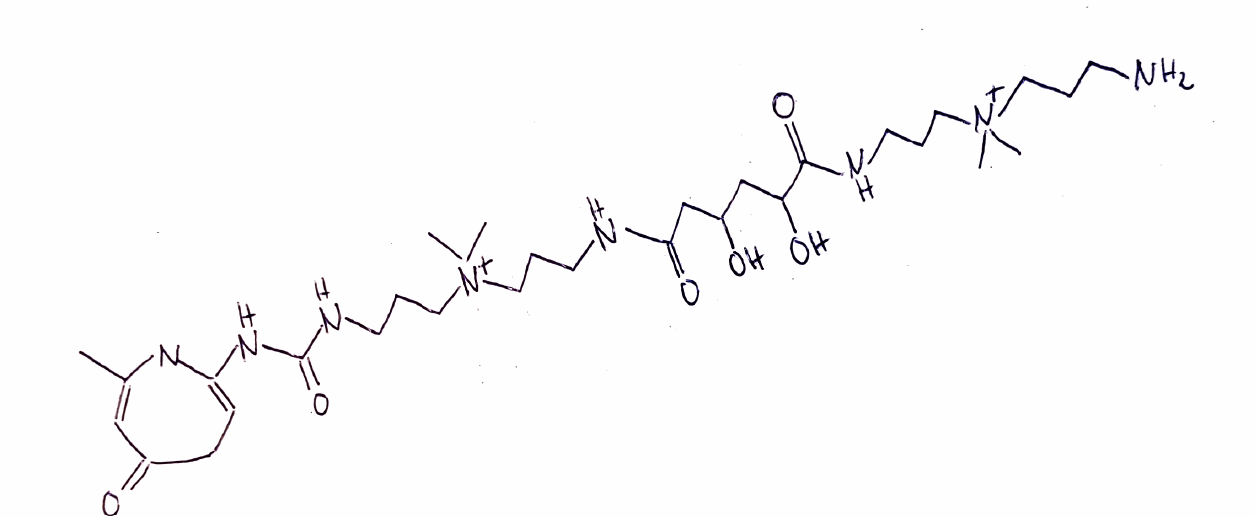
Simplified molecular-input line-entry system (SMILES) notation of the given molecule:
CC1=CC(=O)CCC=C(N1)NC(=O)NCCC[N+](C)(C)CCCNC(=O)CC(CC(C(=O)NCCC[N+](C)(C)CCCN)O)O